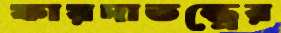
ফায়দাতন্ত্রের